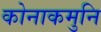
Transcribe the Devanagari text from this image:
कोनाकमुनि